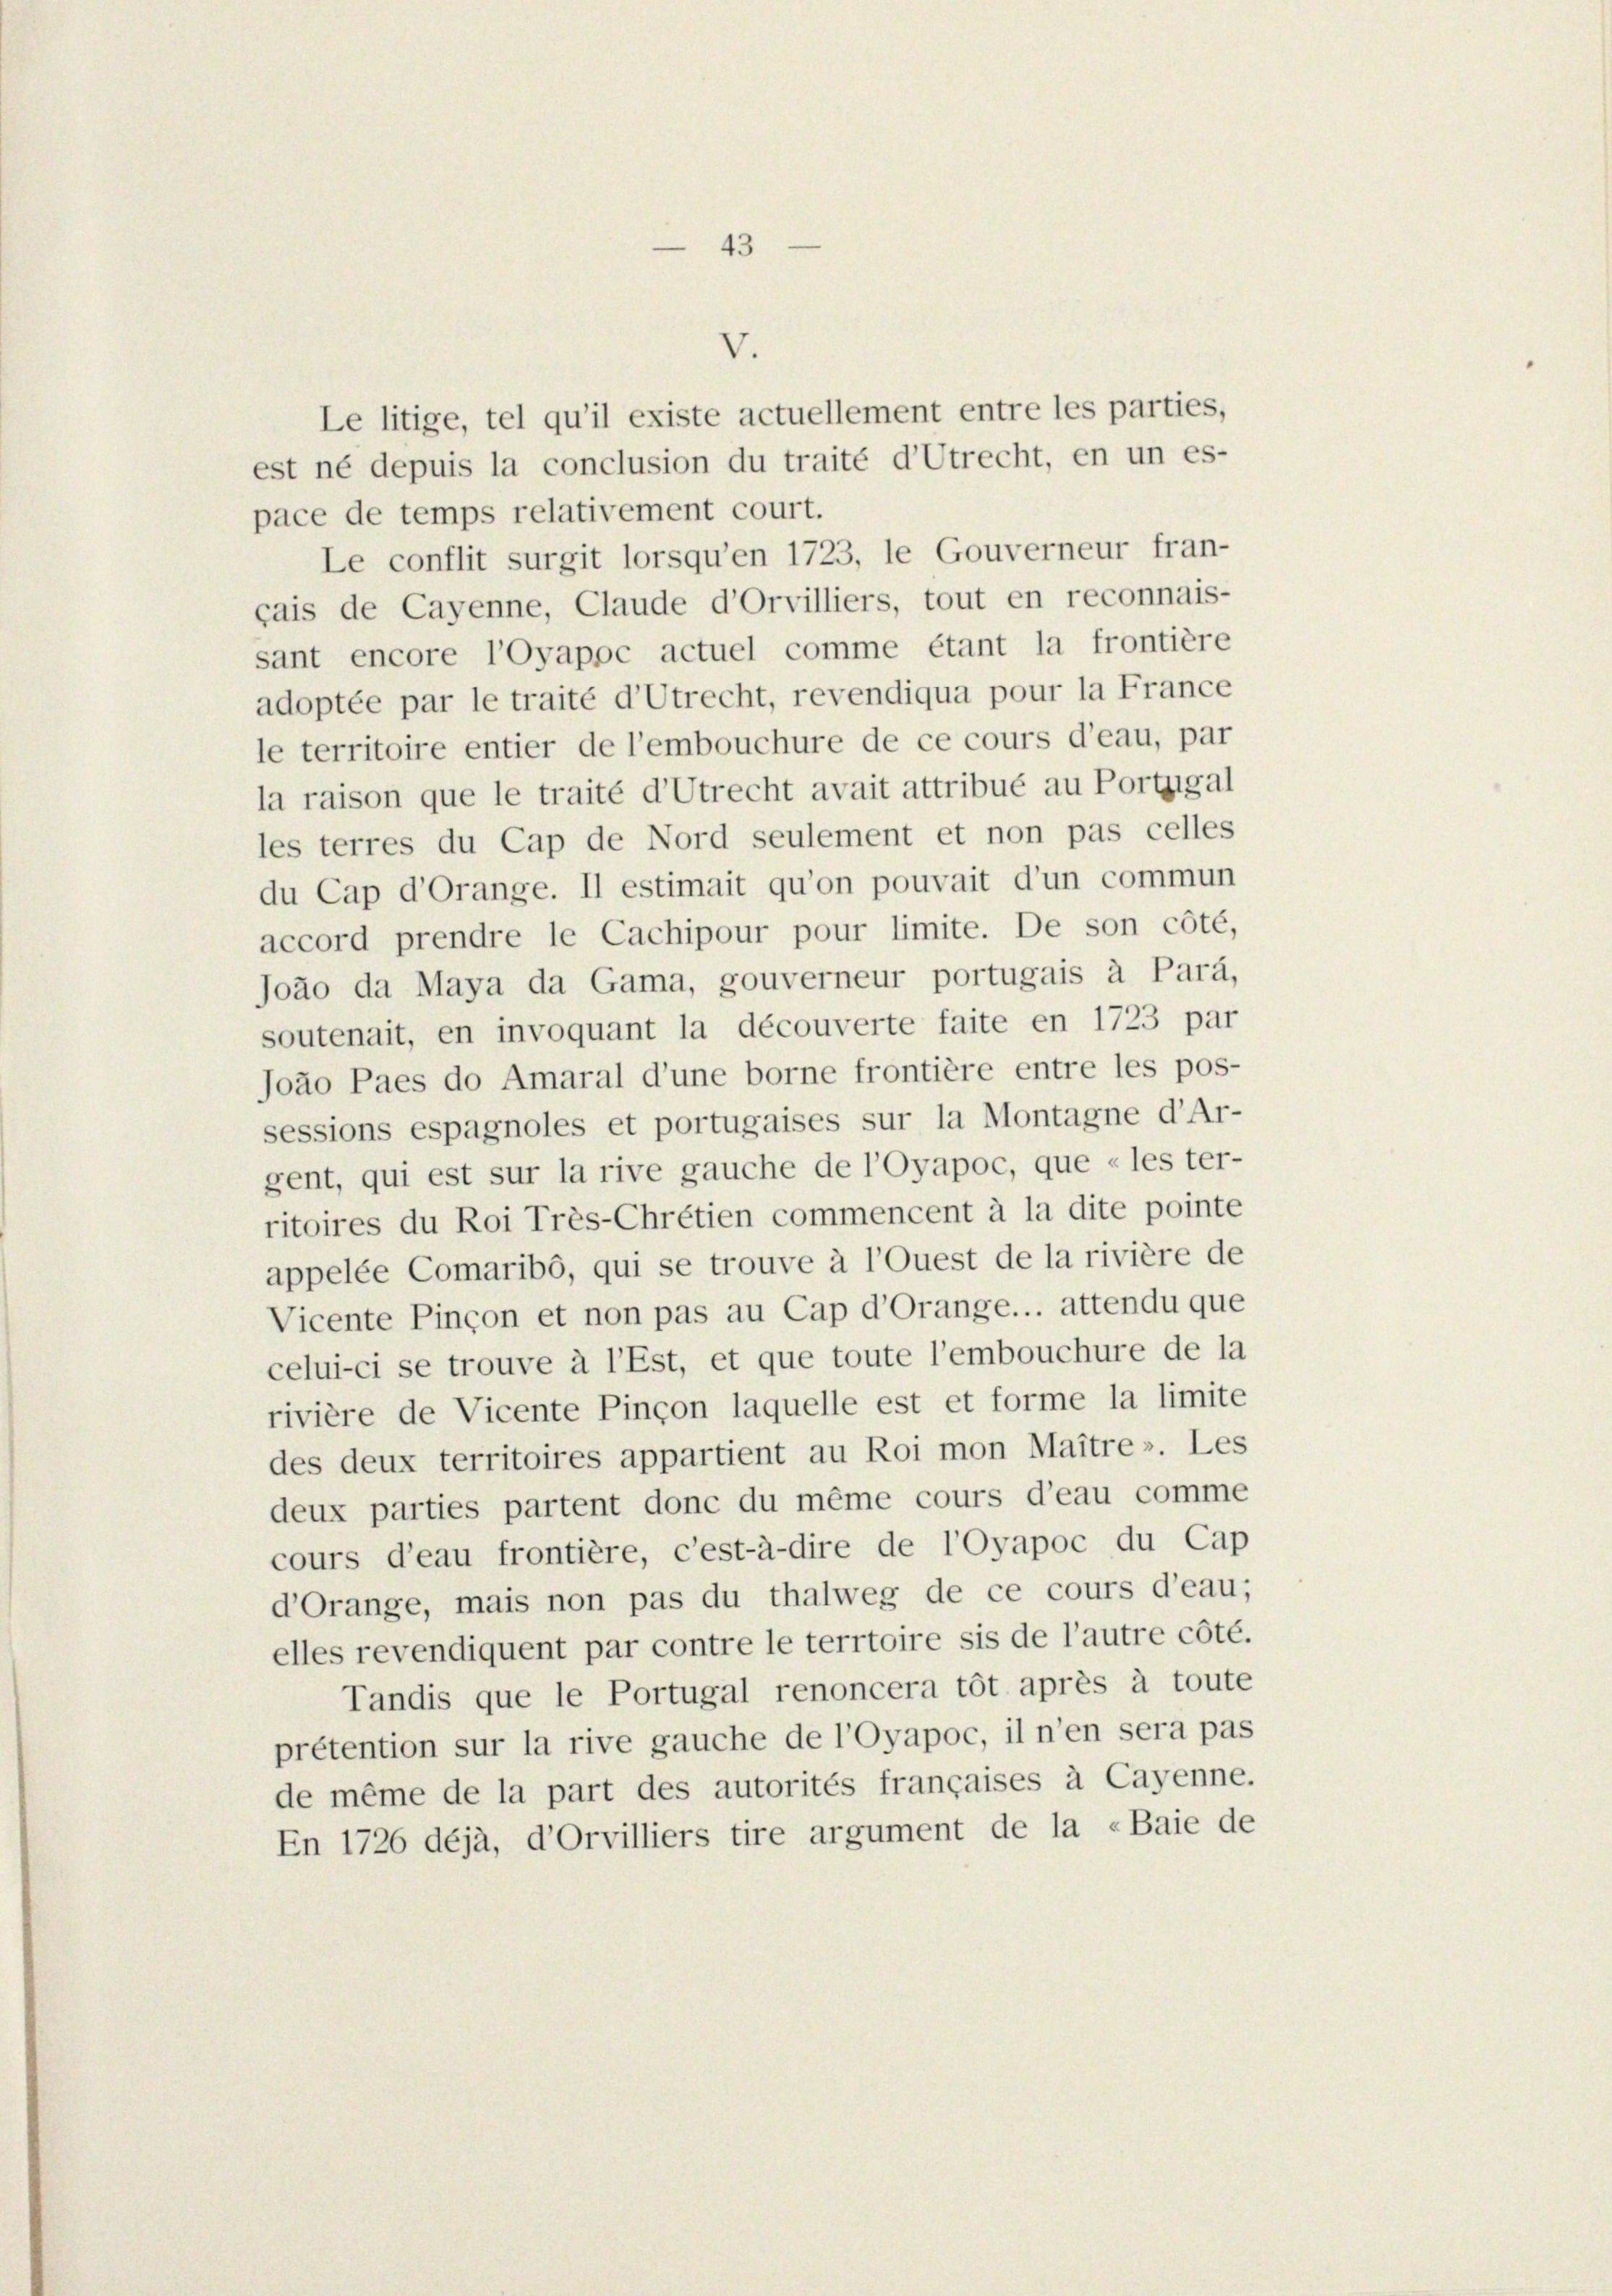
43

Le litige, tel qu’il existe actuellement entre les parties,
est né depuis la conclusion du traité d’Utrecht, en un es-
pace de temps relativement court.
Le conflit surgit lorsqu’en 1723, le Gouverneur fran-
çais de Cayenne, Claude d’Orvilliers, tout en reconnais-
sant encore l’Oyappc actuel comme étant la frontière
adoptée par le traité d’Utrecht, revendiqua pour la France
le territoire entier de l’embouchure de ce cours d’eau, par
la raison que le traité d’Utrecht avait attribué au Portigal
les terres du Cap de Nord seulement et non pas celles
du Cap d’Orange. Il estimait qu’on pouvait d’un commun
accord prendre le Cachipour pour limite. De son côté,
Joäo da Maya da Gama, gouverneur portugais à Parà,
soutenait, en invoquant la découverte faite en 1723 par
Joäo Paes do Amaral d’une borne frontière entre les pos-
sessions espagnoles et portugaises sur la Montagne d’Ar-
gent, qui est sur la rive gauche de l’Oyapoc, que « les ter-
ritoires du Roi Très-Chrétien commencent à la dite pointe
appelée Comaribé, qui se trouve à l’Quest de la rivière de
Vicente Pincon et non pas au Cap d’Orange... attendu que
celui-ci se trouve à l’Est, et que toute l’embouchure de la
rivière de Vicente Pinçon laquelle est et forme la limite
des deux territoires appartient au Roi mon Maitre ». Les
deux parties partent donc du même cours d’eau comme
cours d’eau frontière, c’est-à-dire de l’oyapoc du Cap
d’Orange, mais non pas du thalweg de ce cours d’eau;
elles revendiquent par contre le terrtoire sis de l’autre côté.
Tandis que le Portugal renoncera tôt après à toute
prétention sur la rive gauche de l’Oyapoc, il n’en sera pas
de même de la part des autorités françaises à Cayenne.
En 1726 déjà, d’Orvilliers tire argument de la «Baie de